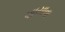
પાયાના